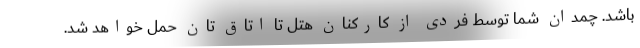
باشد. چمدان شما توسط فردی از کارکنان هتل تا اتاق تان حمل خواهد شد.